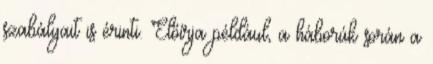
szabályait is érinti. Előírja például, a háborúk során a